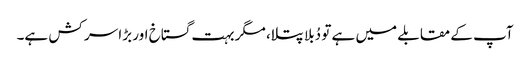
آپ کے مقابلے میں ہے تو دُبلا پتلا، مگر بہت گستاخ اور بڑا سر کش ہے۔